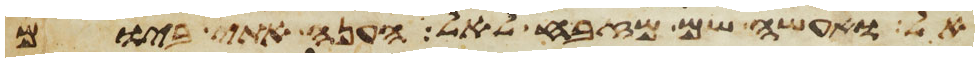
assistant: אל ואעשה שם מזבח לאל הענה אתי ביום